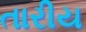
તારીય